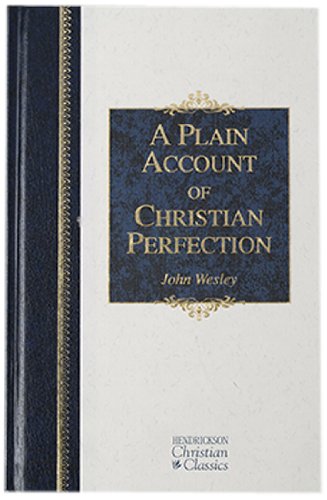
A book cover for A Plain Account of Christian Perfection (Hendrickson Christian Classics); John Wesley; Christian Books & Bibles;